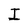
Character: I